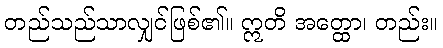
တည်သည်သာလျှင်ဖြစ်၏။ ဣတိ အတ္ထော၊ တည်း။